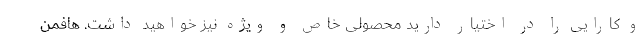
و کارایی را در اختیار دارید محصولی خاص و ویژه نیز خواهید داشت. هافمن